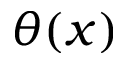
\theta ( x )